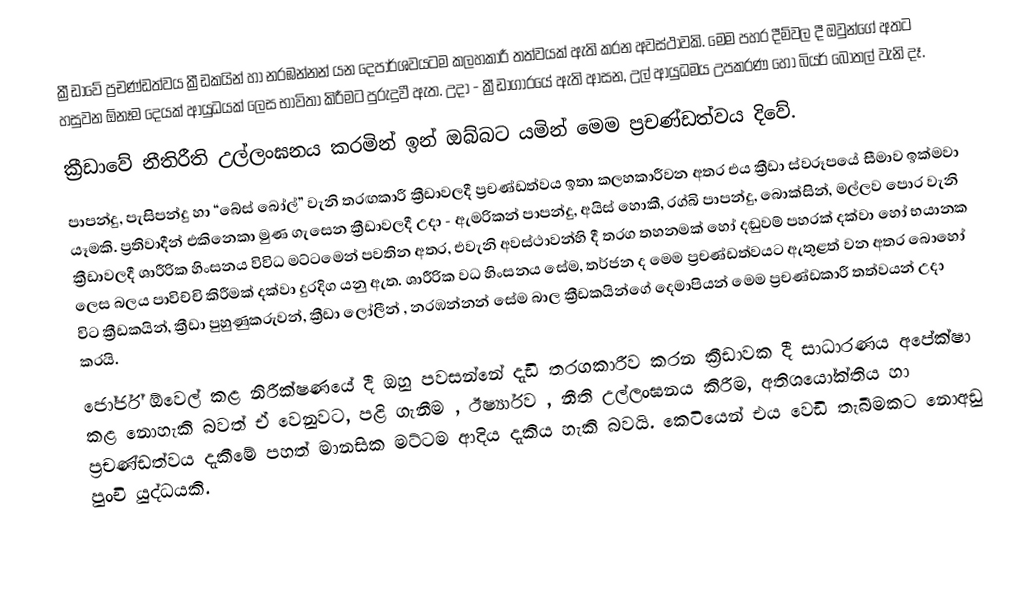
ක්‍රීඩාවේ ප්‍රචණ්ඩත්වය ක්‍රීඩකයින් හා නරඹන්නන් යන දෙපාර්ශවයටම කලහකාරී තත්වයක් ඇති කරන අවස්ථාවකි. මෙම පහර දීම්වල දී ඔවුන්ගේ අතට හසුවන ඕනෑම දෙයක් ආයුධයක් ලෙස භාවිතා කිරීමට පුරුදුවී ඇත. උදා - ක්‍රීඩාගාරයේ ඇති ආසන, උල් ආයුධමය උපකරණ හෝ බියර් බෝතල් වැනි දෑ.
ක්‍රීඩාවේ නීතිරීති උල්ලංඝනය කරමින් ඉන් ඔබ්බට යමින් මෙම ප්‍රචණ්ඩත්වය දිවේ.
පාපන්දු, පැසිපන්දු හා “බේස් බෝල්” වැනි තරඟකාරී ක්‍රීඩාවලදී ප්‍රචණ්ඩත්වය ඉතා කලහකාරීවන අතර එය ක්‍රීඩා ස්වරූපයේ සීමාව ඉක්මවා යෑමකි. ප්‍රතිවාදීන් එකිනෙකා මුණ ගැසෙන ක්‍රීඩාවලදී උදා - ඇමරිකන් පාපන්දු, අයිස් හොකී, රග්බි පාපන්දු, බොක්සින්, මල්ලව පොර වැනි ක්‍රීඩාවලදී ශාරීරික හිංසනය විවිධ මට්ටමෙන් පවතින අතර, එවැනි අවස්ථාවන්හි දී තරග තහනමක් හෝ දඬුවම් පහරක් දක්වා හෝ භයානක ලෙස බලය පාවිච්චි කිරීමක් දක්වා දුරදිග යනු ඇත. ශාරීරික වධ හිංසනය සේම, තර්ජන ද මෙම ප්‍රචණ්ඩත්වයට ඇතුළත් වන අතර බොහෝ විට ක්‍රීඩකයින්, ක්‍රීඩා පුහුණුකරුවන්, ක්‍රීඩා ලෝලීන් , නරඹන්නන් සේම බාල ක්‍රීඩකයින්ගේ‍ දෙමාපියන් මෙම ප්‍රචණ්ඩකාරී තත්වයන් උදා කරයි.
ජෝර්ජ් ඕවෙල් කළ නිරීක්ෂණයේ දී ඔහු පවසන්නේ දැඩි තරගකාරීව කරන ක්‍රීඩාවක දී සාධාරණය අපේක්ෂා කළ නොහැකි බවත් ඒ වෙනුවට, පළි ගැනීම , ඊර්ෂ්‍යාව , නීති උල්ලංඝනය කිරීම, අති‍ශයෝක්තිය හා ප්‍රචණ්ඩත්වය දැකීමේ පහත් මානසික මට්ටම ආදිය දැකිය හැකි බවයි. කෙටියෙන් එය වෙඩි තැබීමකට නොඅඩු පුංචි යුද්ධයකි.